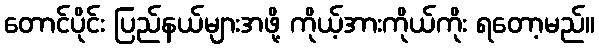
တောင်ပိုင်း ပြည်နယ်များအဖို့ ကိုယ့်အားကိုယ်ကိုး ရတော့မည်။